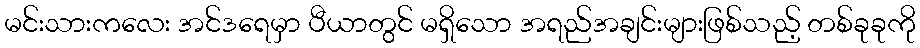
မင်းသားကလေး အင်ဒရေမှာ ပီယာတွင် မရှိသော အရည်အချင်းများဖြစ်သည့် တစ်ခုခုကို